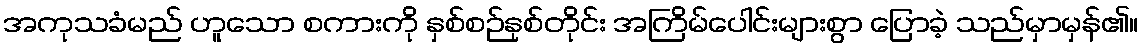
အကုသခံမည် ဟူသော စကားကို နှစ်စဉ်နှစ်တိုင်း အကြိမ်ပေါင်းများစွာ ပြောခဲ့ သည်မှာမှန်၏။